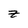
Character: z